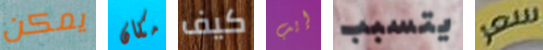
يمكن مكان كيف إيب يتسبب سعر